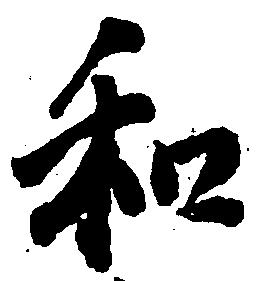
和